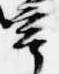
亭